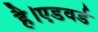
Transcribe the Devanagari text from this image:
है।एडवर्ड